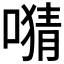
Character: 𫫜